Indian journal of veterinary science and animal husbandry - Volumes 22-23, 1952-1953
Year: 1952
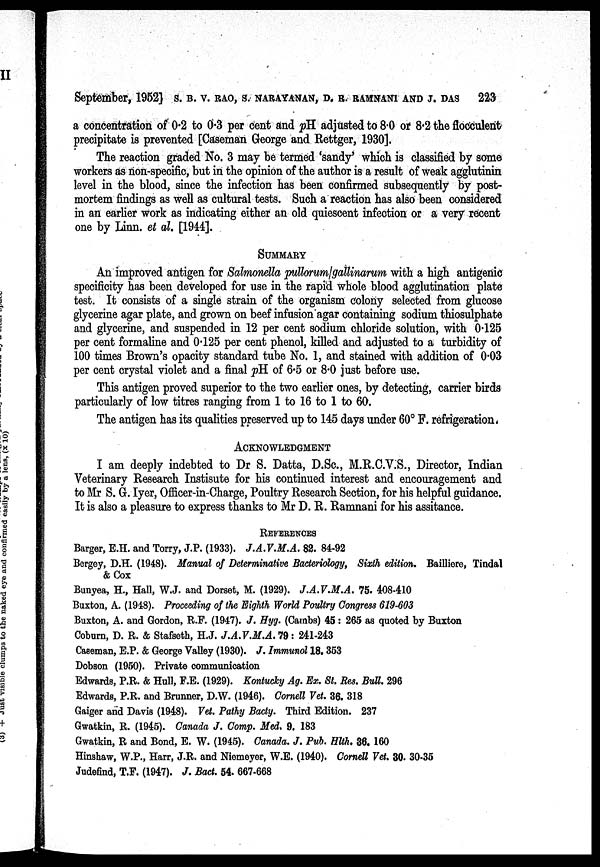
September, 1952] S. B. V. RAO, S. NARAYANAN, D. R. RAMNANI AND J. DAS 223
a concentration of 0.2 to 0.3 per cent and pH. adjusted to 8.0 or 8.2 the flocculent
precipitate is prevented [Caseman George and Rettger, 1930].
The reaction graded No. 3 may be termed 'sandy' which is classified by some
workers as non-specific, but in the opinion of the author is a result of weak agglutinin
level in the blood, since the infection has been confirmed subsequently by post-
mortem findings as well as cultural tests. Such a reaction has also been considered
in an earlier work as indicating either an old quiescent infection or a very recent
one by Linn, et al. [1944].
SUMMARY
An improved antigen for Salmonella pullorum/gallinarum with a high antigenic
specificity has been developed for use in the rapid whole blood agglutination plate
test. It consists of a single strain of the organism colony selected from glucose
glycerine agar plate, and grown on beef infusion agar containing sodium thiosulphate
and glycerine, and suspended in 12 per cent sodium chloride solution, with 0.125
per cent formaline and 0.125 per cent phenol, killed and adjusted to a turbidity of
100 times Brown's opacity standard tube No. 1, and stained with addition of 0.03
per cent crystal violet and a final pH of 6.5 or 8.0 just before use.
This antigen proved superior to the two earlier ones, by detecting, carrier birds
particularly of low titres ranging from 1 to 16 to 1 to 60.
The antigen has its qualities preserved up to 145 days under 60° F. refrigeration.
ACKNOWLEDGMENT
I am deeply indebted to Dr S. Datta, D.Sc, M.R.C.V.S., Director, Indian
Veterinary Research Instisute for his continued interest and encouragement and
to Mr S. G. Iyer, Officer-in-Charge, Poultry Research Section, for his helpful guidance.
It is also a pleasure to express thanks to Mr D. R. Ramnani for his assitance.
REFERENCES
Barger, E.H. and Torry, J.P. (1933). J.A.V.M.A. 82. 84-92
Bergey, D.H. (1948). Manual of Determinative Bacteriology, Sixth edition. Bailliere, Tindal
& Cox
Bunyea, H., Hall, W.J. and Dorset, M. (1929). J.A.V.M.A. 75. 408-410
Buxton, A. (1948). Proceeding of the Eighth World Poultry Congress 619-603
Buxton, A. and Gordon, R.F. (1947). J. Hyg. (Cambs) 45: 265 as quoted by Buxton
Coburn, D. R. & Stafseth, H.J. J.A.V.M.A. 79 : 241-243
Caseman, E.P. & George Valley (1930). J. Immunol 18. 353
Dobson (1950). Private communication
Edwards, P.R. & Hull, F.E. (1929). Kontucky Ag. Ex. St. Res. Bull. 296
Edwards, P.R. and Brunner, D.W. (1946). Cornell Vet. 36. 318
Gaiger and Davis (1948). Vet. Pathy Bacty. Third Edition. 237
Gwatkin, R. (1945). Canada J. Comp. Med. 9. 183
Gwatkin, R and Bond, E. W. (1945). Canada. J. Pub. Hlth, 36. 160
Hinshaw, W.P., Harr, J.R. and Niemeyer, W.E. (1940). Cornell Vet. 30. 30-35
Judefind, T.F. (1947). J. Bact. 54. 667-668